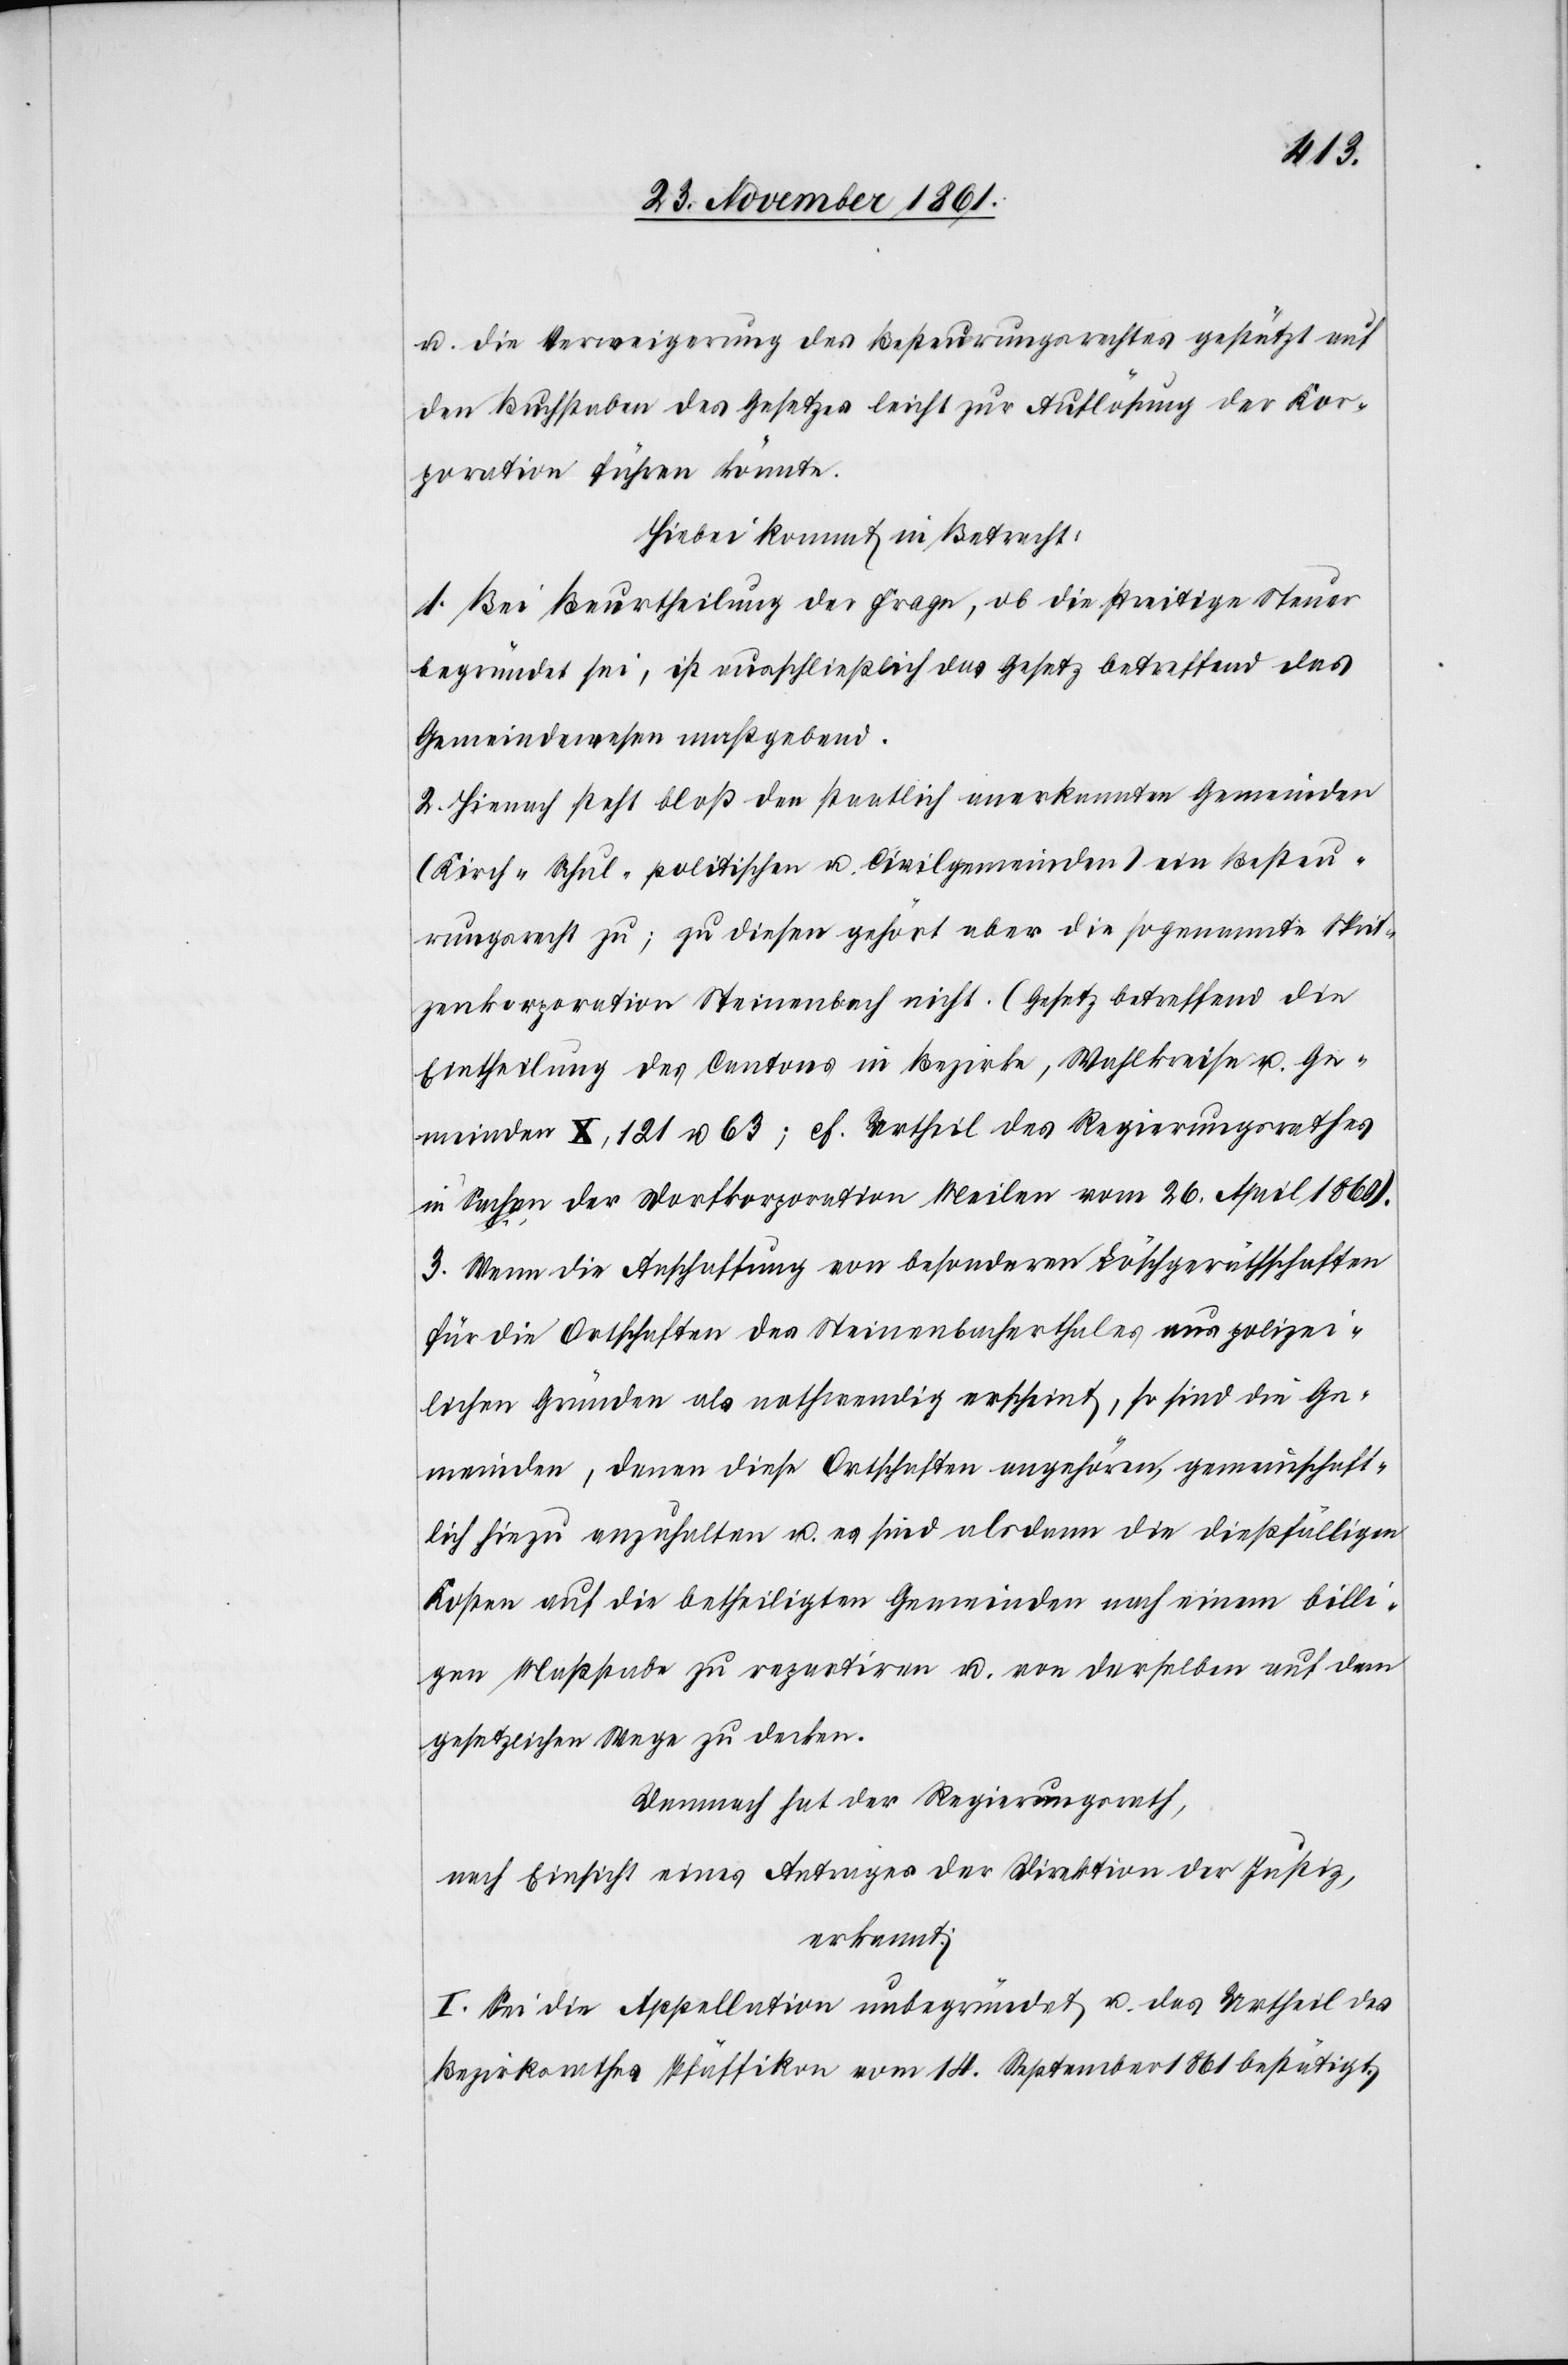
u. die Verweigerung des Besteuerungsrechtes gestützt auf
den Buchstaben des Gesetzes leicht zur Auflösung der Kor¬
poration führen könnte.
Hiebei kommt in Betracht:
1. Bei Beurtheilung der Frage, ob die streitige Steuer
begründet sei, ist ausschließlich das Gesetz betreffend das
Gemeindewesen maßgebend.
2. Hienach steht bloß den staatlich anerkannten Gemeinden
(Kirch-[,] Schul-[,] politischen u. Civilgemeinden) ein Besteue¬
rungsrecht zu; zu diesen gehört aber die sogenannte Sprit¬
zenkorporation Steinenbach nicht. (Gesetz betreffend die
Eintheilung des Cantons in Bezirke, Wahlkreise u. Ge¬
meinden X, 121 u. 63, cf. Urtheil des Regierungsrathes
in Sachen der Dorfkorporation Meilen vom 26 April 1861.)
3. Wenn die Anschaffung von besondern Löschgeräthschaften
für die Ortschaften des Steinenbacherthales aus polizei¬
lichen Gründen als nothwendig erscheint, so sind die Ge¬
meinden, denen diese Ortschaften angehören, gemeinschaft¬
lich hiezu anzuhalten u. es sind alsdann die dießfälligen
Kosten auf die betheiligten Gemeinden nach einem billi¬
gen Maßstabe zu repartiren u. von derselben auf dem
gesetzlichen Wege zu decken.
Demnach hat der Regierungsrath,
nach Einsicht eines Antrages der Direktion der Justiz,
erkannt:
I. Sei die Appellation unbegründet u. das Urtheil des
Bezirksrathes Pfäffikon vom 14 September 1861 bestätigt.